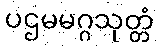
ပဌမမဂ္ဂသုတ္တံ